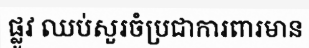
ផ្លូវ ឈប់សួរចំប្រជាការពារមាន